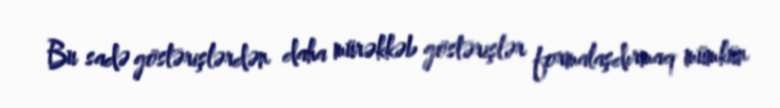
Bu sadə göstərişlərdən daha mürəkkəb göstərişlər formalaşdırmaq mümkün